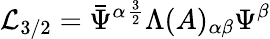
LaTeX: {\cal L}_{3/2}=\bar{\Psi}^{\alpha}{}^{\frac{3}{2}}\Lambda(A)_{\alpha\beta}\Psi^{\beta}